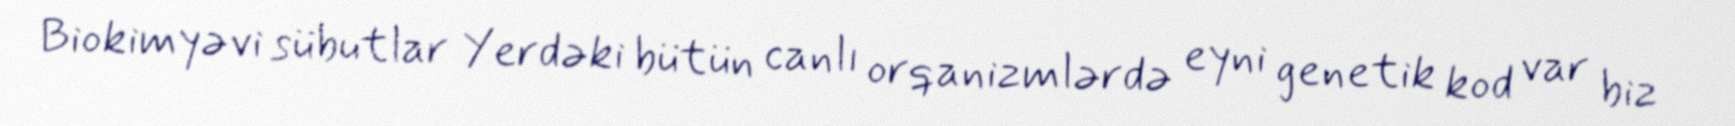
Biokimyəvi sübutlar Yerdəki bütün canlı orqanizmlərdə eyni genetik kod var biz